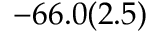
- 6 6 . 0 ( 2 . 5 )